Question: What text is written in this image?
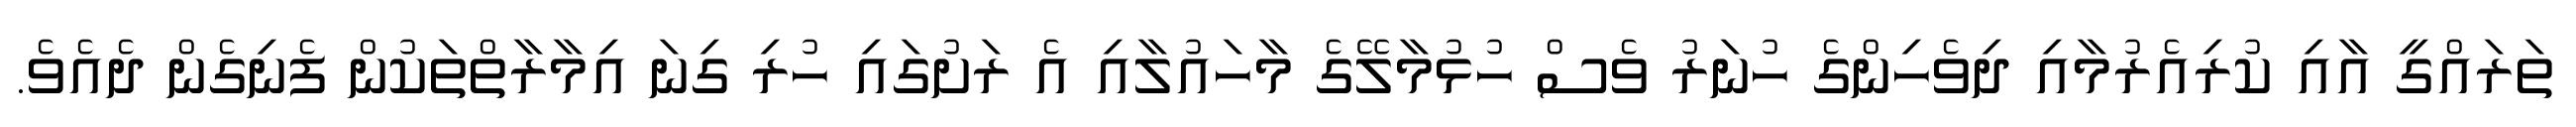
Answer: ތަރައްގީ އާއި ކުރިއެރުމާއި ދިވެހިންގެ ހުނަރު ވެސް ހުޅުމާލޭގެ މާހައުލާއި އެ ރަށުގައި ހުރި ގިނަ އިމާރާތްތަކުން ފެނިގެން ދެއެވެ.